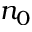
n _ { 0 }